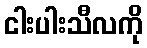
ငါးပါးသီလကို